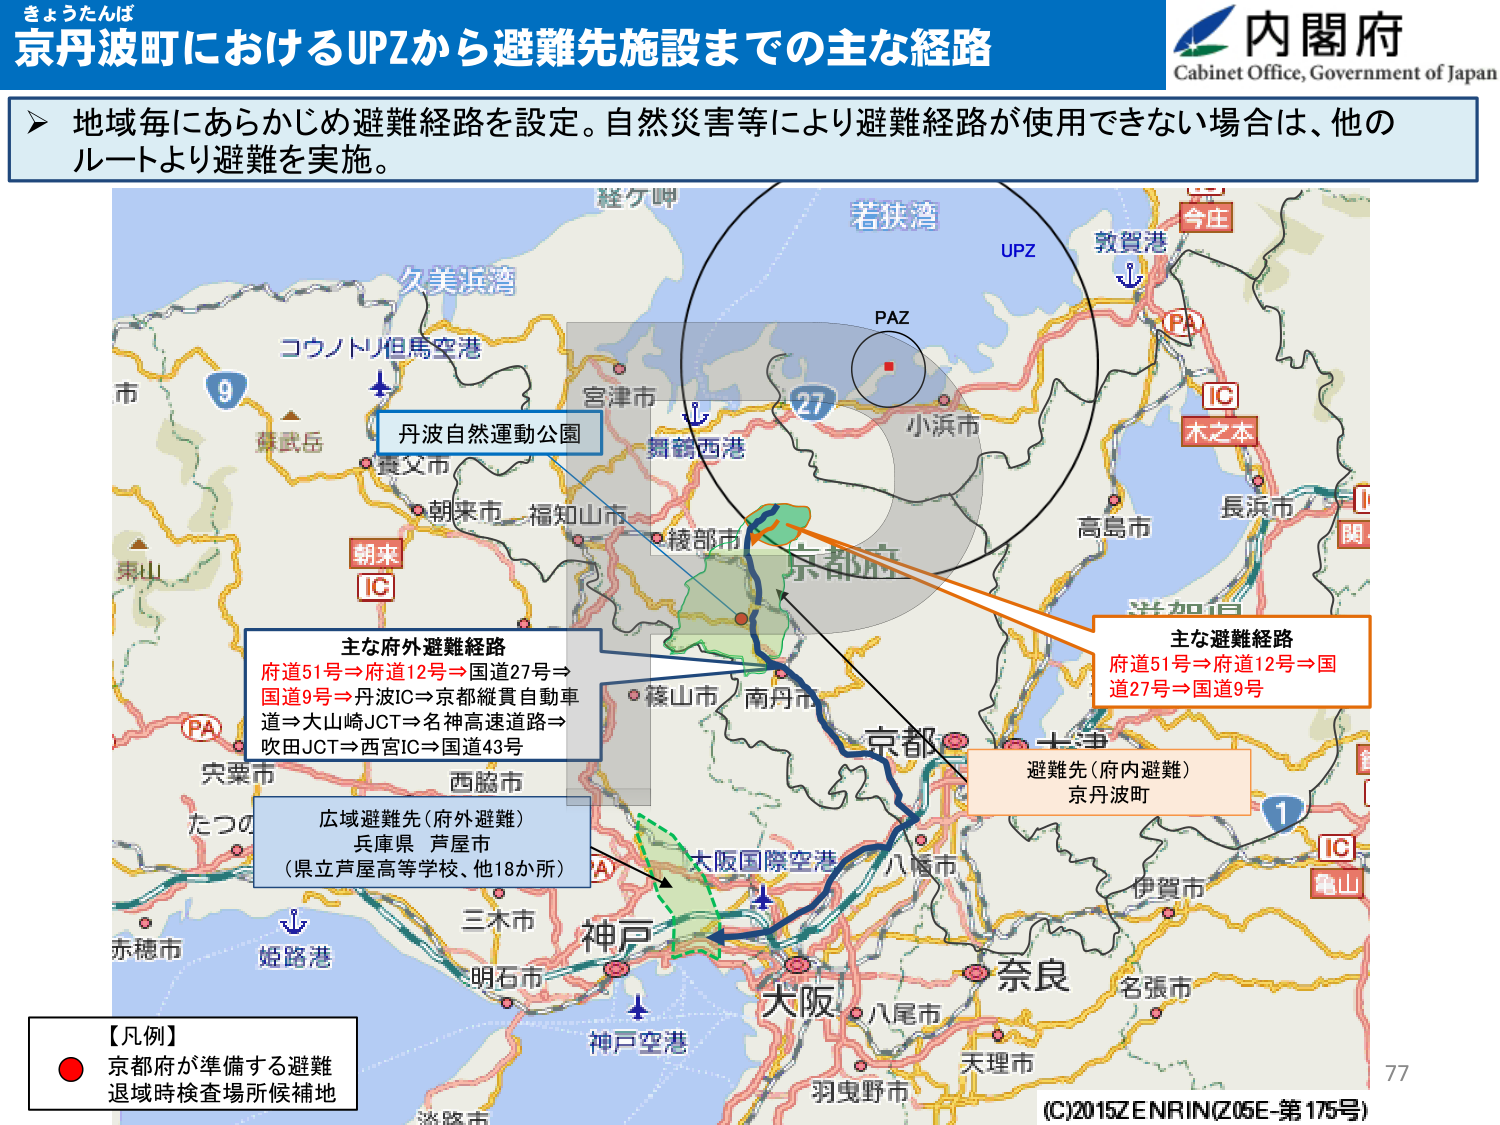
きょうたんば
京丹波町におけるUPZから避難先施設までの主な経路
内閣府
Cabinet Office, Government of Japan
▶ 地域毎にあらかじめ避難経路を設定。自然災害等により避難経路が使用できない場合は、他のルートより避難を実施。
経ケ岬
若狭湾
UPZ
敦賀港
今庄
PA
IC
木之本
長浜市
関
コウノトリ但馬空港
9
丹波自然運動公園
舞鶴西港
27
PAZ
小浜市
宮津市
朝来
IC
市
朝来市
福知山市
綾部市
京都府
高島市
府道51号⇒府道12号⇒国道27号⇒国道9号
主な避難経路
府道51号⇒府道12号⇒国道27号⇒国道9号⇒丹波IC⇒京都縦貫自動車道⇒大山崎JCT⇒名神高速道路⇒吹田JCT⇒西宮IC⇒国道43号
主な府外避難経路
避難先（府内避難）
京丹波町
広域避難先（府外避難）
兵庫県 岸屋市
（県立芦屋高等学校、他18か所）
大阪国際空港
神戸
姫路港
三木市
明石市
神戸空港
大阪
八尾市
奈良
名張市
天理市
羽曳野市
【凡例】
● 京都府が準備する避難退域時検査場所候補地
77
(C)2015ZENRIN(Z05E-第175号)